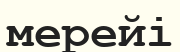
мерейі